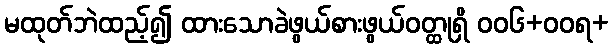
မထုတ်ဘဲထည့်၍ ထားသောခဲဖွယ်စားဖွယ်ဝတ္ထုရှိ ဝဝ၆+ဝဝရ+